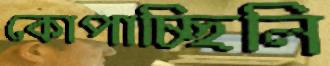
কোপাচ্ছিলি